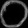
Digit: ၀